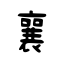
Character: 襄